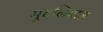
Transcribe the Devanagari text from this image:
मुदलियाल